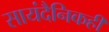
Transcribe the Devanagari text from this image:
सायंदैनिकही